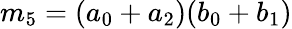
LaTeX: m_{5}=(a_{0}+a_{2})(b_{0}+b_{1})